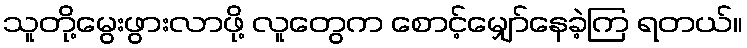
သူတို့မွေးဖွားလာဖို့ လူတွေက စောင့်မျှော်နေခဲ့ကြ ရတယ်။